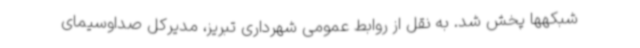
شبکهها پخش شد. به نقل از روابط عمومی شهرداری تبریز، مدیرکل صداوسیمای